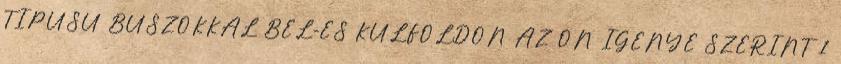
TÍPUSÚ BUSZOKKAL BEL-ÉS KÜLFÖLDÖN AZ ÖN IGÉNYE SZERINT 1